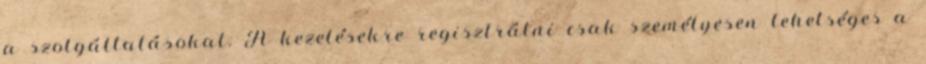
a szolgáltatásokat. A kezelésekre regisztrálni csak személyesen lehetséges a